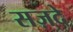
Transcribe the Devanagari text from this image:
सज़दे